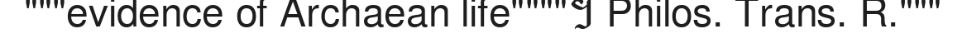
"""evidence of Archaean life""""។ Philos. Trans. R."""